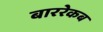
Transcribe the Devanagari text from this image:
बाररेकब